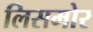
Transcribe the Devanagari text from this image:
लिसमोर